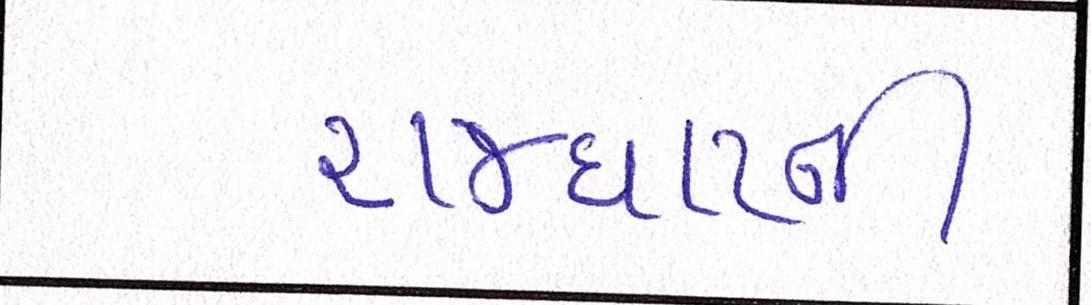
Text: રાજઘાટની